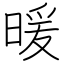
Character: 暖